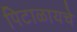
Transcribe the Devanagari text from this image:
पिटाळायचे